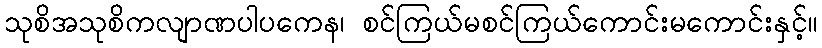
သုစိအသုစိကလျာဏပါပကေန၊ စင်ကြယ်မစင်ကြယ်ကောင်းမကောင်းနှင့်။